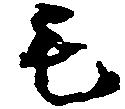
毛